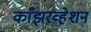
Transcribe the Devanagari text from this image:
काँझरव्हेशन